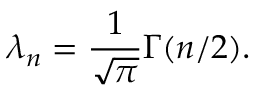
\lambda _ { n } = \frac { 1 } { \sqrt { \pi } } \Gamma ( n / 2 ) .